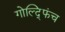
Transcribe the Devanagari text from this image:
गोल्द्फिंच